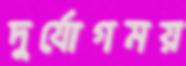
দুর্যোগময়